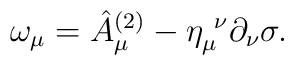
\omega_\mu= \hat A^{(2)}_\mu -\eta_{\mu}^{~\nu} \partial_\nu \sigma.